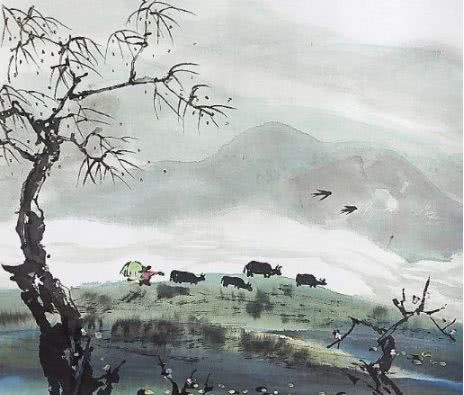
稻根科斗行如块，田水今年一尺宽。